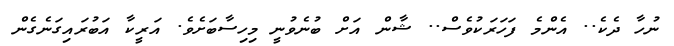
ނުހާ ދެކެ.. އެންމެ ފަހަރަކުވެސް.. ޝާން އަށް ބުނެވުނީ މިހިސާބަށެވެ. އަރީކާ އަބުރައިގަނެގެން